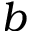
b